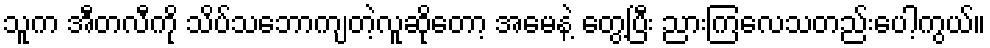
သူက အီတလီကို သိပ်သဘောကျတဲ့လူဆိုတော့ အမေနဲ့ တွေ့ပြီး ညားကြလေသတည်းပေါ့ကွယ်။